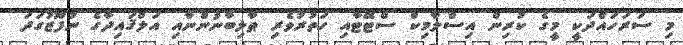
މި ސަރަހައްދަކީ މީގެ ކުރިން އިސްލާމިކް ސްޓޭޓާއި ހަތުރުވެރި ޠާލިބާނުންނާއި އަލްޤައިދާގެ ނުފޫޒުގަދަ